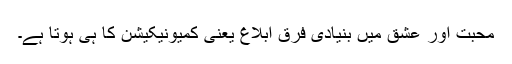
محبت اور عشق میں بنیادی فرق ابلاغ یعنی کمیونیکیشن کا ہی ہوتا ہے۔